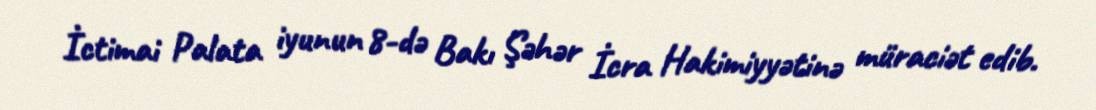
İctimai Palata iyunun 8-də Bakı Şəhər İcra Hakimiyyətinə müraciət edib.